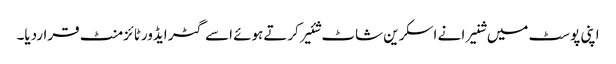
اپنی پوسٹ میں شنیرا نے اسکرین شاٹ شئیر کرتےہوئے اسے گٹر ایڈورٹائزمنٹ قراردیا۔